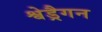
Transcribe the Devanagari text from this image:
श्वेड्रैगन